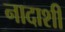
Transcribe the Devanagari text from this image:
नादाशी